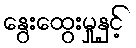
နွေးထွေးမှုနှင့်